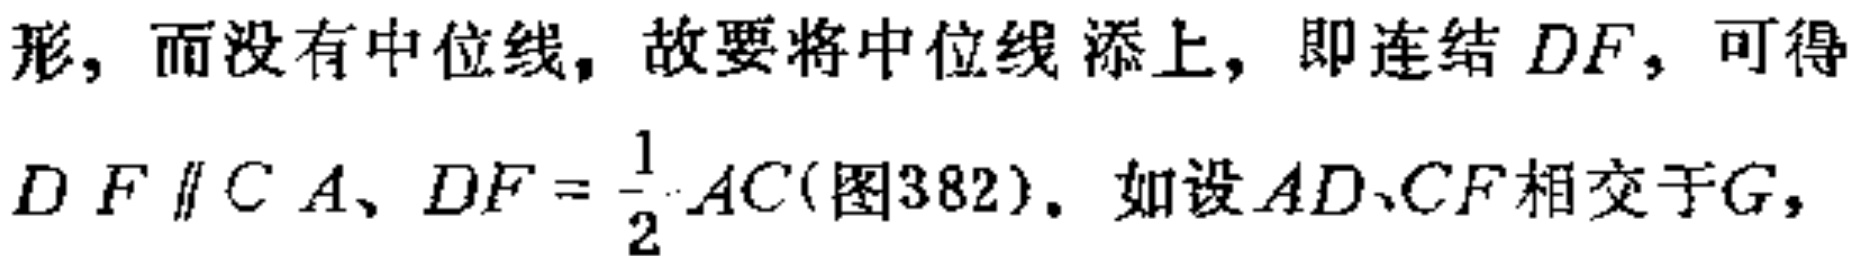
形, 而没有中位线, 故要将中位线添上, 即连结 \(DF\), 可得
\(DF\parallel CA、DF = \frac{1}{2}AC\)(图382). 如设 \(AD、CF\) 相交于 \(G\),